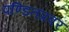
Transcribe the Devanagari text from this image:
पण्डितप्रवर